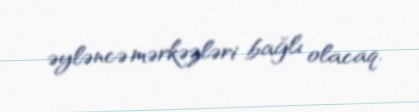
əyləncə mərkəzləri bağlı olacaq.